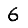
Digit: 6